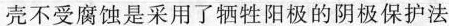
壳不受腐蚀是采用了牺牲阳极的阴极保护法